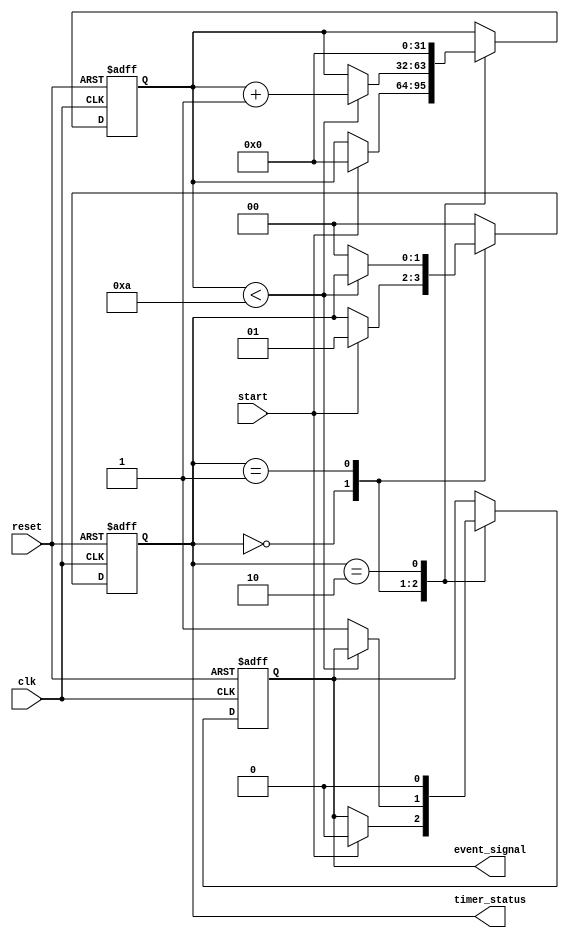
module TimerEventControl #(
    parameter TIME_DURATION = 10 // Time duration for the timer (in simulation time units)
)(
    input wire clk,              // Clock input for synchronization
    input wire start,            // Start signal to initiate the timer
    input wire reset,            // Reset signal to reset the timer
    output reg event_signal,      // Event signal indicating event occurrence
    output reg [1:0] timer_status // Timer status: 00 - Stopped, 01 - Running, 10 - Reset
);

// Internal counter to track time
reg [31:0] timer_count; // Assuming a 32-bit counter for the timer

// State definitions
localparam STOPPED = 2'b00;
localparam RUNNING = 2'b01;
localparam RESET = 2'b10;

// Always block for timer control logic
always @(posedge clk or posedge reset) begin
    // Reset condition
    if (reset) begin
        timer_count <= 0;              // Reset timer count
        event_signal <= 0;             // De-assert event signal
        timer_status <= RESET;         // Update timer status
    end else begin
        // Non-reset condition
        case (timer_status)
            STOPPED: begin
                if (start) begin
                    timer_count <= 0;     // Initialize count on start
                    event_signal <= 0;    // De-assert event signal
                    timer_status <= RUNNING; // Update status to running
                end
            end
            
            RUNNING: begin
                if (timer_count < TIME_DURATION) begin
                    timer_count <= timer_count + 1; // Increment timer count
                end else begin
                    event_signal <= 1;             // Assert event signal after duration
                    timer_status <= STOPPED;       // Stop the timer
                end
            end
            
            RESET: begin
                timer_count <= 0;                 // Reset timer count
                event_signal <= 0;                // De-assert event signal
                timer_status <= STOPPED;          // Update timer status to stopped
            end
            
            default: timer_status <= STOPPED;   // Default case to handle unexpected states
        endcase
    end
end

endmodule